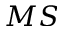
M S